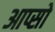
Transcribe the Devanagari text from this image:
आप्सो